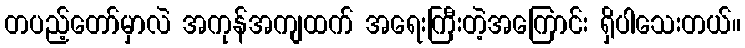
တပည့်တော်မှာလဲ အကုန်အကျထက် အရေးကြီးတဲ့အကြောင်း ရှိပါသေးတယ်။